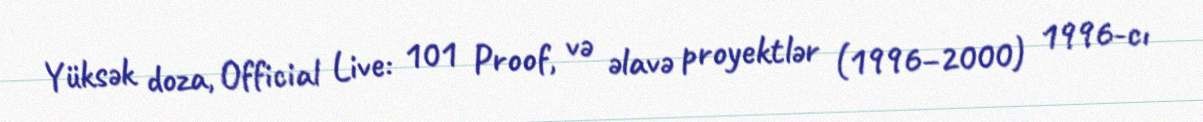
Yüksək doza, Official Live: 101 Proof, və əlavə proyektlər (1996–2000) 1996-cı